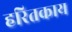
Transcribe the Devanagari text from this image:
हरितकाय